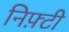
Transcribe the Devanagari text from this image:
निफ़्टी